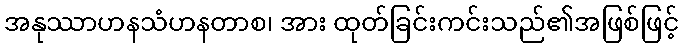
အနုဿာဟနသံဟနတာစ၊ အား ထုတ်ခြင်းကင်းသည်၏အဖြစ်ဖြင့်